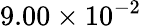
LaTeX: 9.00\times 10^{-2}